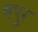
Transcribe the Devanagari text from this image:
सपुर